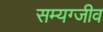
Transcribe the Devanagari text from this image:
सम्यग्जीव